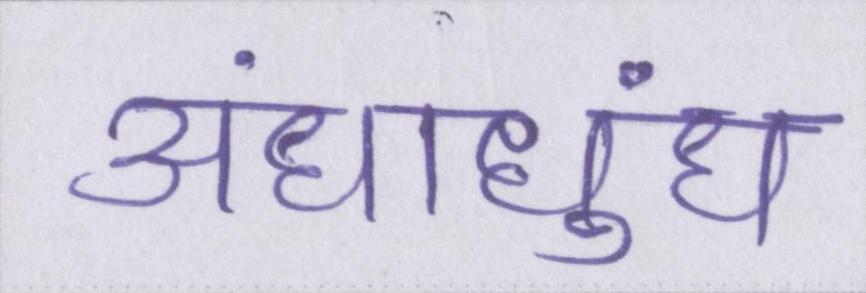
अंधाधुंध